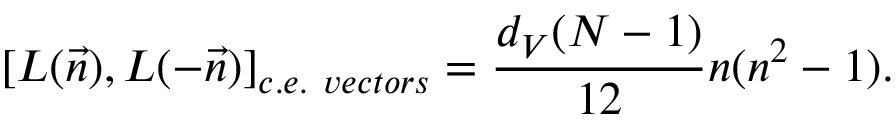
[ L ( \vec { n } ) , L ( - \vec { n } ) ] _ { c . e . \ v e c t o r s } = \frac { d _ { V } ( N - 1 ) } { 1 2 } n ( n ^ { 2 } - 1 ) .